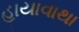
હાયાવાથા